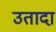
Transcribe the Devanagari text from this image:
उतादा